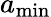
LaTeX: a_{\mathrm{min}}